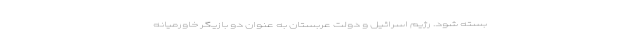
بسته شود. رژیم اسرائیل و دولت عربستان به عنوان دو بازیگر خاورمیانه